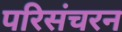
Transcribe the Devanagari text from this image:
परिसंचरन